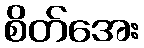
စိတ်အေး